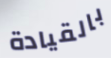
بالقيادة